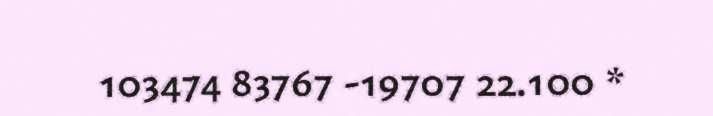
103474 83767 -19707 22.100 *